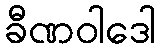
ခီဏဝါဒေါ